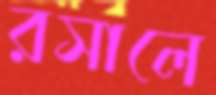
রসালে